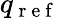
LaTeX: q_{\mathrm{~r~e~f~}}